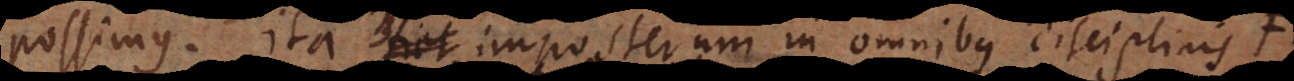
possimus. Ita fiet imposterum in omnibus disciplinis